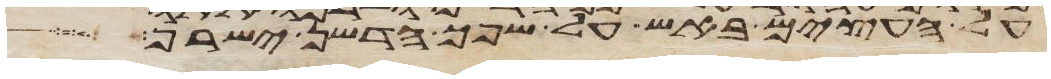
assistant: על העצים באש על שפך הדשן ישרף